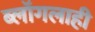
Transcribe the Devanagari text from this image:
ब्लॉगलाही